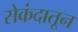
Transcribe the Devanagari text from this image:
सेकंदातून